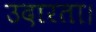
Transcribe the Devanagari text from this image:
उदारता।